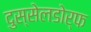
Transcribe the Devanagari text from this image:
दुस्सेलडोर्फ